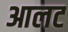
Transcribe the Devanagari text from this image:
आलट